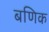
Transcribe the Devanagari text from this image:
बणिक